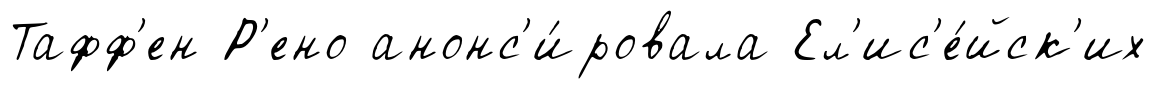
Тафф'ен Р'ено анонс'и́ровала Ел'ис'е́йск'их